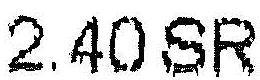
2.40 SR